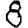
Digit: 8